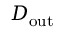
D _ { \mathrm { o u t } }